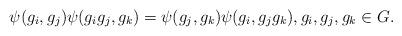
LaTeX: \begin{align*}\psi(g_i,g_j)\psi(g_ig_j,g_k)=\psi(g_j,g_k)\psi(g_i,g_jg_k), g_i,g_j,g_k\in G.\end{align*}